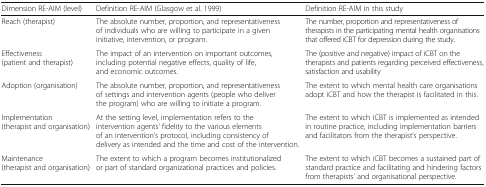
<table><thead><tr><td><b>Dimension RE-AIM (level)</b></td><td><b>Definition RE-AIM (Glasgow et al. 1999)</b></td><td><b>Definition RE-AIM in this study</b></td></tr></thead><tbody><tr><td>Reach (therapist)</td><td>The absolute number, proportion, and representativeness of individuals who are willing to participate in a given initiative, intervention, or program.</td><td>The number, proportion and representativeness of therapists in the participating mental health organisations that offered iCBT for depression during the study.</td></tr><tr><td>Effectiveness (patient and therapist)</td><td>The impact of an intervention on important outcomes, including potential negative effects, quality of life, and economic outcomes.</td><td>The (positive and negative) impact of iCBT on the therapists and patients regarding perceived effectiveness, satisfaction and usability</td></tr><tr><td>Adoption (organisation)</td><td>The absolute number, proportion, and representativeness of settings and intervention agents (people who deliver the program) who are willing to initiate a program.</td><td>The extent to which mental health care organisations adopt iCBT and how the therapist is facilitated in this.</td></tr><tr><td>Implementation (therapist and organisation)</td><td>At the setting level, implementation refers to the intervention agents’ fidelity to the various elements of an intervention’s protocol, including consistency of delivery as intended and the time and cost of the intervention.</td><td>The extent to which iCBT is implemented as intended in routine practice, including implementation barriers and facilitators from the therapist’s perspective.</td></tr><tr><td>Maintenance (therapist and organisation)</td><td>The extent to which a program becomes institutionalized or part of standard organizational practices and policies.</td><td>The extent to which iCBT becomes a sustained part of standard practice and facilitating and hindering factors from therapists’ and organisational perspective.</td></tr></tbody></table>